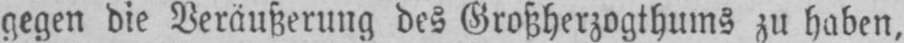
gegen die Veräußerung des Großherzogthums zu haben,